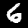
Label: 6